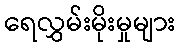
ရေလွှမ်းမိုးမှုများ